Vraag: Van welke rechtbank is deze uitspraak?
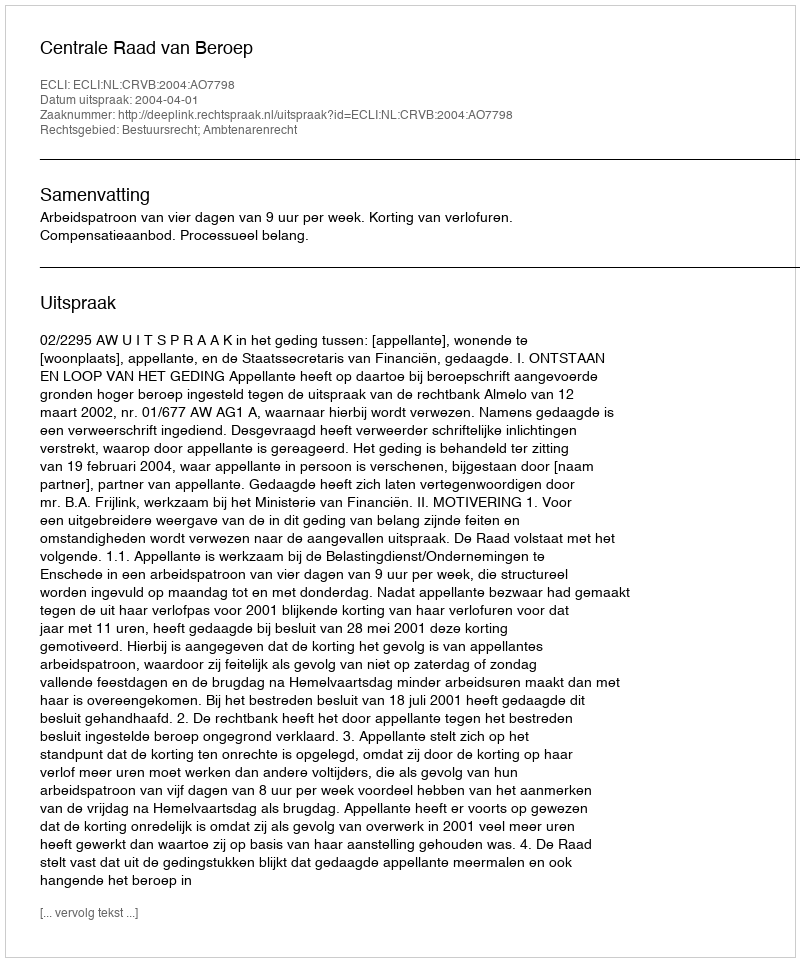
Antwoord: Centrale Raad van Beroep